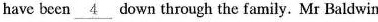
have been \underline{4} down through the family. Mr Baldwin